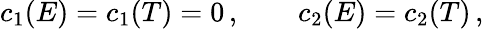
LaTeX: c_{1}(E)=c_{1}(T)=0\, ,\qquad c_{2}(E)=c_{2}(T)\, ,